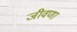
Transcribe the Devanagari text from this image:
जीवणा